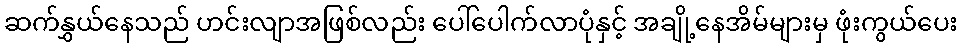
ဆက်နွှယ်နေသည် ဟင်းလျာအဖြစ်လည်း ပေါ်ပေါက်လာပုံနှင့် အချို့နေအိမ်များမှ ဖုံးကွယ်ပေး